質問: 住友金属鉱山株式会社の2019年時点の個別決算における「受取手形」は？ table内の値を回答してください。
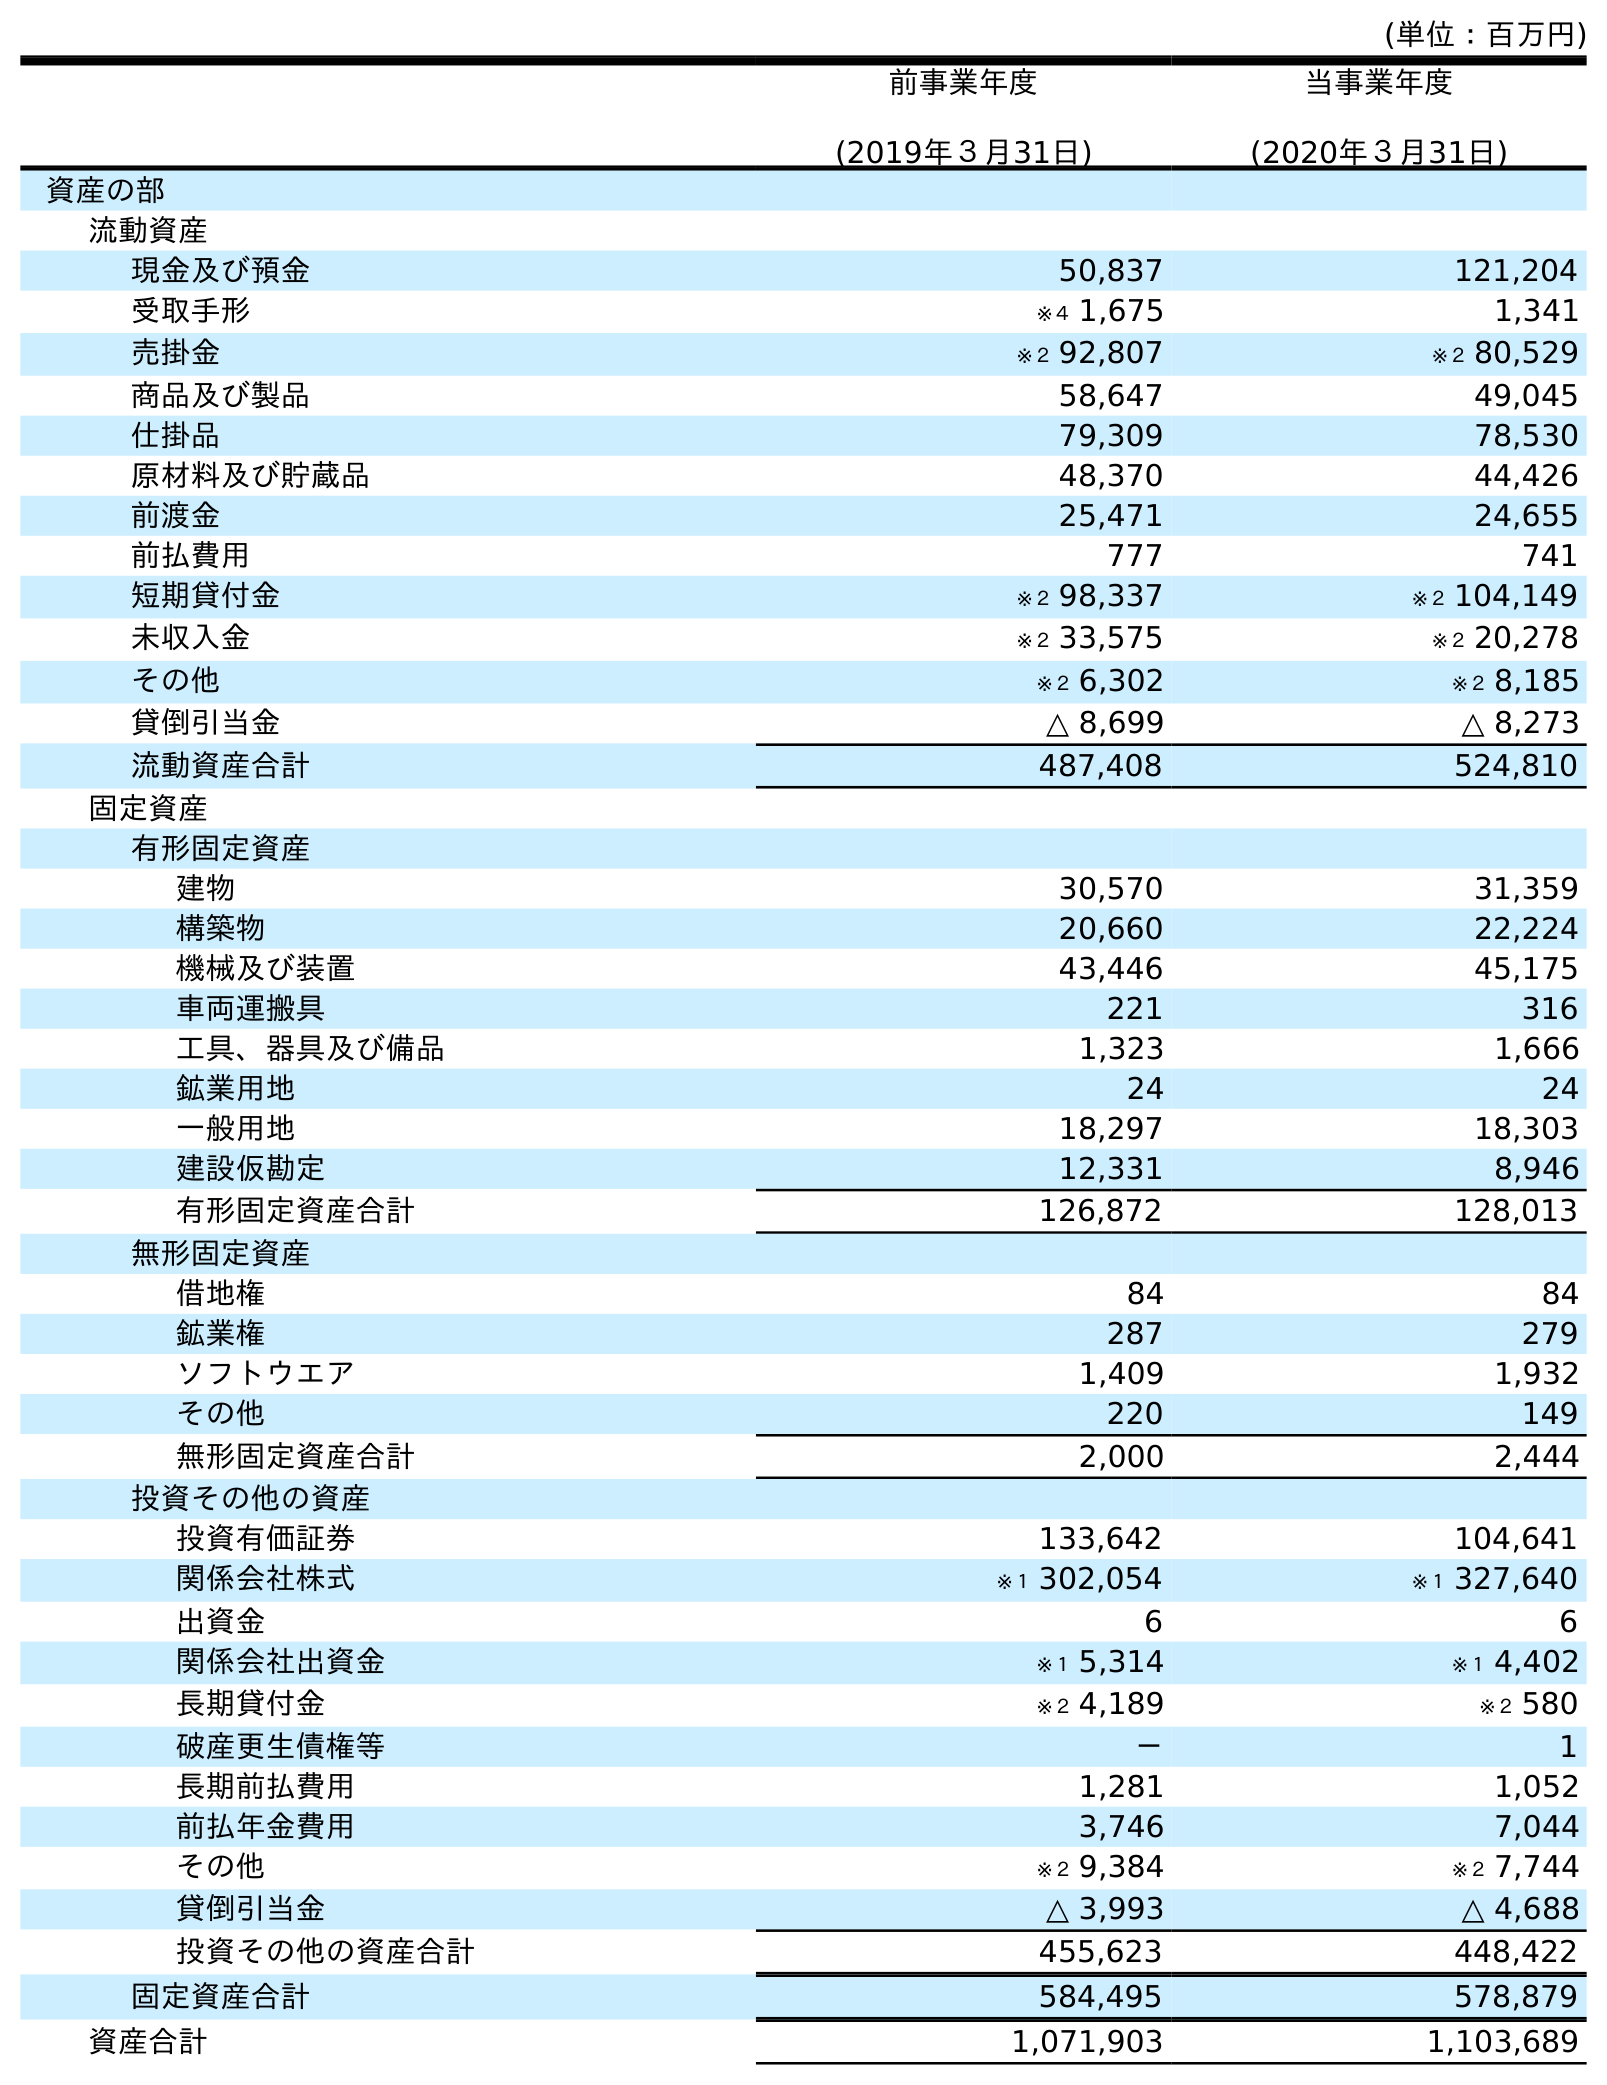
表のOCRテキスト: (単位：百万円) 前事業年度 (2019年３月31日) 当事業年度 (2020年３月31日) 資産の部 流動資産 現金及び預金 50,837 121,204 受取手形 ※４ 1,675 1,341 売掛金 ※２ 92,807 ※２ 80,529 商品及び製品 58,647 49,045 仕掛品 79,309 78,530 原材料及び貯蔵品 48,370 44,426 前渡金 25,471 24,655 前払費用 777 741 短期貸付金 ※２ 98,337 ※２ 104,149 未収入金 ※２ 33,575 ※２ 20,278 その他 ※２ 6,302 ※２ 8,185 貸倒引当金 △ 8,699 △ 8,273 流動資産合計 487,408 524,810 固定資産 有形固定資産 建物 30,570 31,359 構築物 20,660 22,224 機械及び装置 43,446 45,175 車両運搬具 221 316 工具、器具及び備品 1,323 1,666 鉱業用地 24 24 一般用地 18,297 18,303 建設仮勘定 12,331 8,946 有形固定資産合計 126,872 128,013 無形固定資産 借地権 84 84 鉱業権 287 279 ソフトウエア 1,409 1,932 その他 220 149 無形固定資産合計 2,000 2,444 投資その他の資産 投資有価証券 133,642 104,641 関係会社株式 ※１ 302,054 ※１ 327,640 出資金 6 6 関係会社出資金 ※１ 5,314 ※１ 4,402 長期貸付金 ※２ 4,189 ※２ 580 破産更生債権等 － 1 長期前払費用 1,281 1,052 前払年金費用 3,746 7,044 その他 ※２ 9,384 ※２ 7,744 貸倒引当金 △ 3,993 △ 4,688 投資その他の資産合計 455,623 448,422 固定資産合計 584,495 578,879 資産合計 1,071,903 1,103,689
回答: ※４1,675